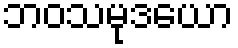
ဘဝသမုဒယော